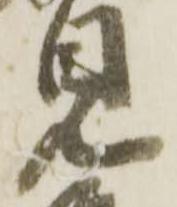
見